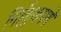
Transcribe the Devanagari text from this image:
निर्हेतुकपणे